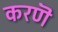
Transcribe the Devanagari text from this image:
करणॆ